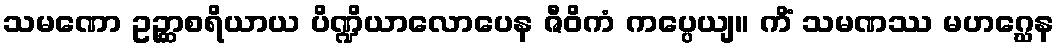
သမဏော ဥဉ္ဆာစရိယာယ ပိဏ္ဍိယာလောပေန ဇီဝိကံ ကပ္ပေယျ။ ကိံ သမဏဿ မဟဂ္ဃေန